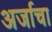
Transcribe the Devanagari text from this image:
अर्जाचा